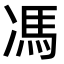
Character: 馮